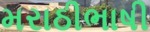
મરાઠીભાષી